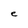
Character: e